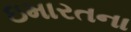
ઇમારતના